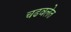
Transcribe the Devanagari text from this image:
चढवलेत